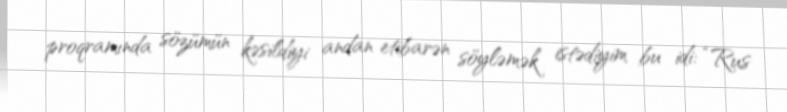
proqramında sözümün kəsildiyi andan etibarən söyləmək istədiyim bu idi: “Rus